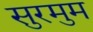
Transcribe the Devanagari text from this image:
सुरमुम